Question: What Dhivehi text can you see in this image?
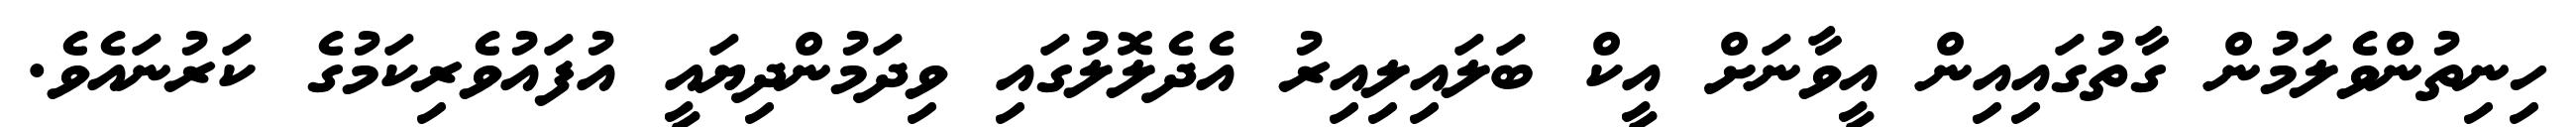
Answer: ހިނިތުންވެލަމުން ގާތުގައިއިން އީވާނަށް އީކް ބަލައިލިއިރު އެދެލޮލުގައި ވިދަމުންދިޔައީ އުފައުވެރިކަމުގެ ކަރުނައެވެ.